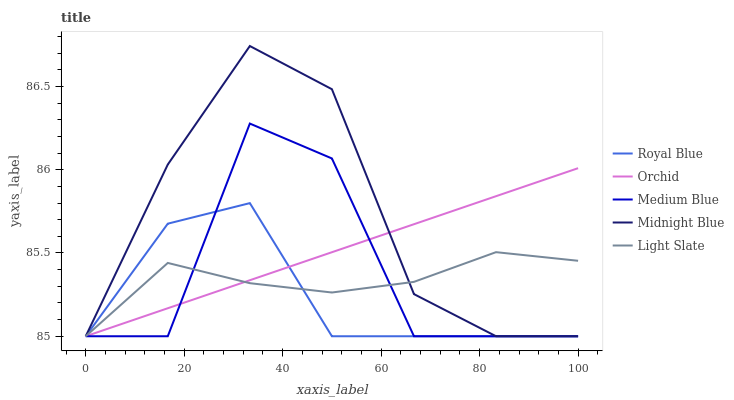
| xaxis_label | Royal Blue | Orchid | Medium Blue | Midnight Blue | Light Slate |
 | --- | --- | --- | --- | --- | --- |
 | 0 | 85 | 85 | 85 | 85 | 85 |
 | 16.7 | 85.7 | 85.2 | 85 | 86 | 85.4 |
 | 33.3 | 85.8 | 85.3 | 86.3 | 86.7 | 85.3 |
 | 50 | 85 | 85.5 | 86.1 | 86.5 | 85.3 |
 | 66.7 | 85 | 85.7 | 85 | 85.3 | 85.3 |
 | 83.3 | 85 | 85.8 | 85 | 85 | 85.5 |
 | 100 | 85 | 86 | 85 | 85 | 85.5 |